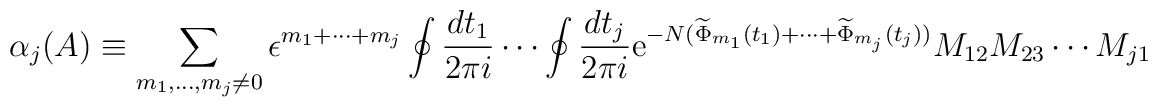
\alpha_{j}(A)\equiv  \sum_{m_{1},\ldots,m_{j}\neq 0}      \epsilon^{ m_1+\cdots +m_j }      \oint \frac{ dt_{1} }{2\pi i} \cdots \oint \frac{ dt_{j} }{2\pi i}      {\rm e}^{-N(\widetilde{\Phi}_{m_{1}}(t_{1})+\cdots+                  \widetilde{\Phi}_{m_{j}}(t_{j})) }        M_{12} M_{23} \cdots M_{j1}